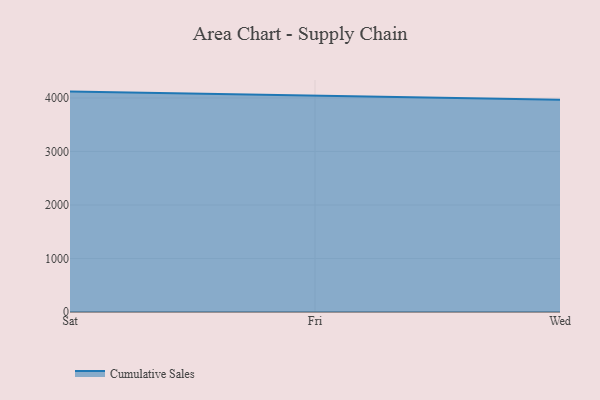
{"axis": {"x": "Day", "y": "Population (Million)"}, "legend": ["Cumulative Sales"], "data": [{"x": "Sat", "y": 4119.1, "type": "Cumulative Sales"}, {"x": "Fri", "y": 4046.6, "type": "Cumulative Sales"}, {"x": "Wed", "y": 3965.1, "type": "Cumulative Sales"}]}